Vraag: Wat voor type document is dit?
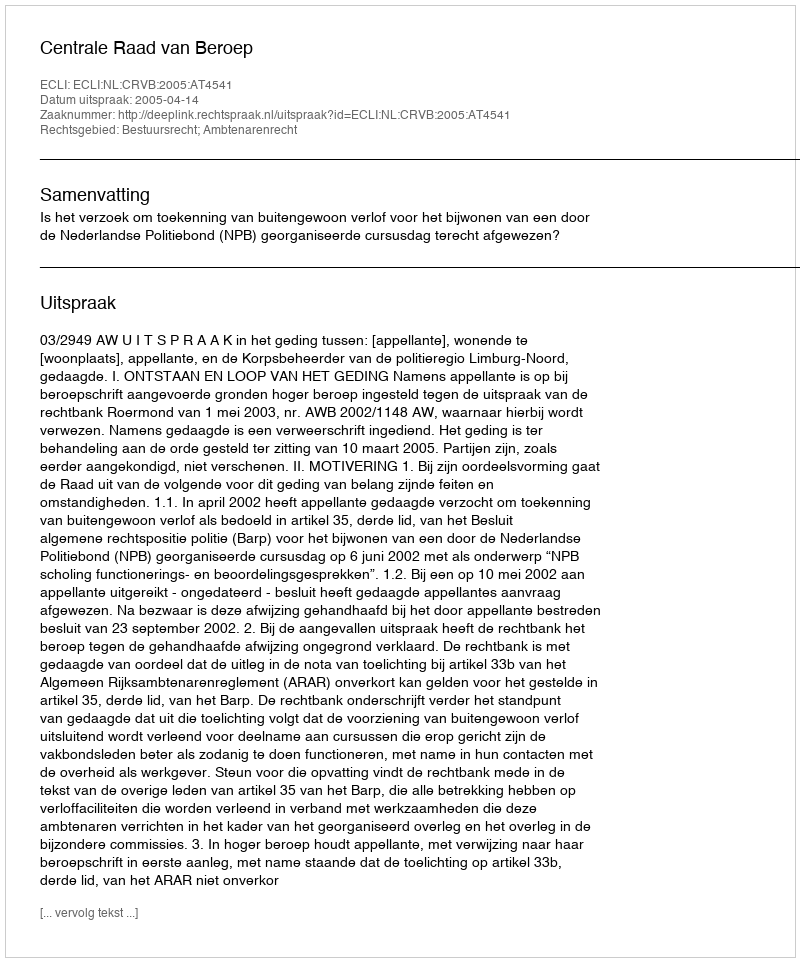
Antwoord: Uitspraak